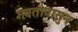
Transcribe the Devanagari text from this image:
गवतापासुन